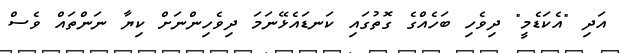
އަދި "އެކަޑެމީ" ދިވެހި ބަހެއްގެ ގޮތުގައި ކަނޑައެޅޭނަމަ ދިވެހިންނަށް ކިޔާ ނަންތައް ވެސް